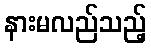
နားမလည်သည့်